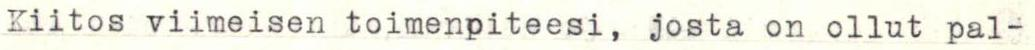
Kiitos viimeisen toimenpiteesi, josta on ollut pal-